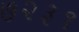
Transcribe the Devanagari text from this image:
७२३१